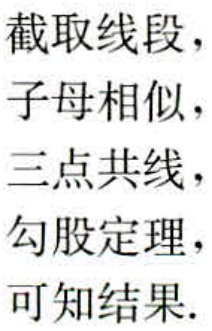
截取线段，

子母相似，

三点共线，

勾股定理，

可知结果.